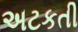
અટકતી